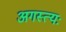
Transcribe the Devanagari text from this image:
अगस्त्यः